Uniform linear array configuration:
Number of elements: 16
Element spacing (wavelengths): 0.5
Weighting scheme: binomial
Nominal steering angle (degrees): -45
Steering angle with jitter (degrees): -45.53
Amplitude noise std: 0.05
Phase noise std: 0.05

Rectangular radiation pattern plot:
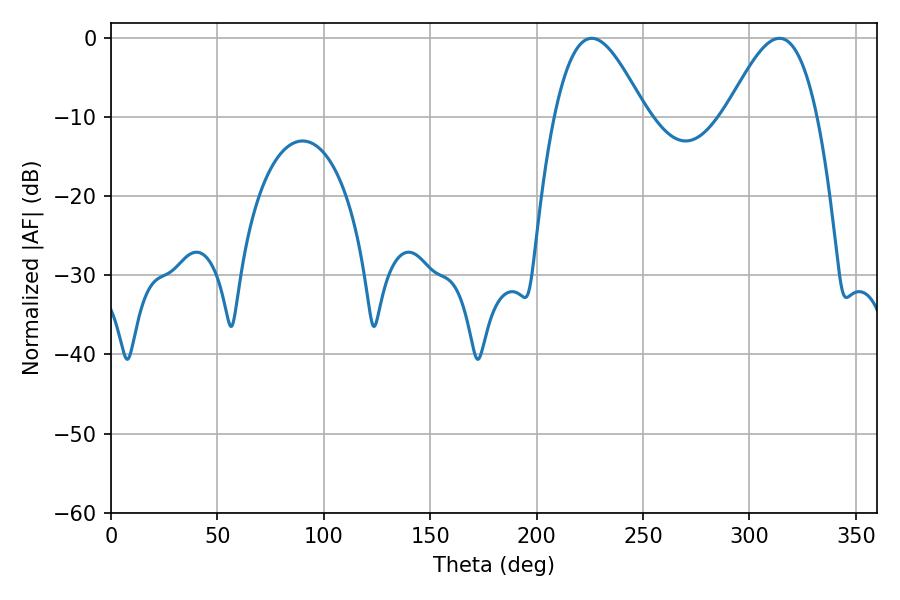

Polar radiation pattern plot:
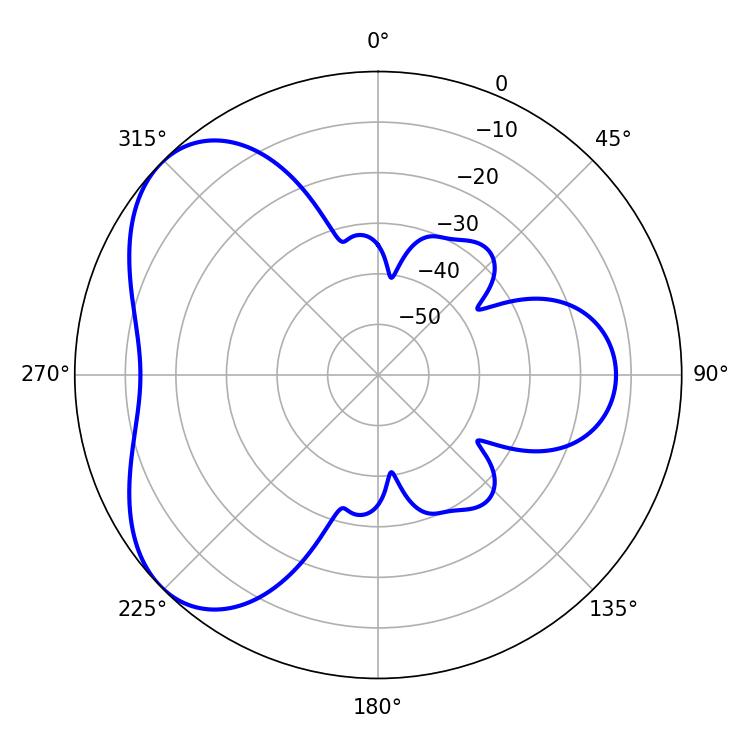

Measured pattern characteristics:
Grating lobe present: FALSE
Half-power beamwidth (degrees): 23.04
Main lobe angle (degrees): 225.9